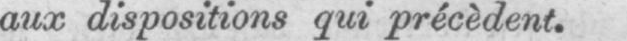
aux dispositions qui précèdent.